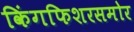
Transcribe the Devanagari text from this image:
किंगफिशरसमोर